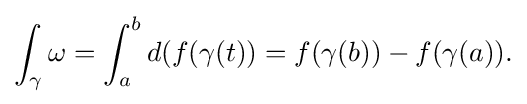
\displaystyle {\int _{\gamma }\omega =\int _{a}^{b}d(f(\gamma (t))=f(\gamma (b))-f(\gamma (a)).}